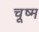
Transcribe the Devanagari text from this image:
चूष्म